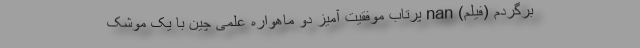
برگردم (فیلم) nan پرتاب موفقیت آمیز دو ماهواره علمی چین با یک موشک